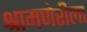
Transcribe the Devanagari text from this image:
श्रामणेरीला